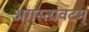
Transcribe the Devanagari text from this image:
अगस्त्यवटम्